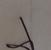
Signature authenticity: genuine